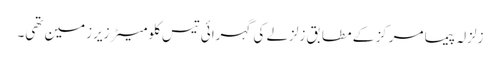
زلزلہ پیما مرکز کے مطابق زلزلے کی گہرائی تیس کلومیٹر زیرزمین تھی۔